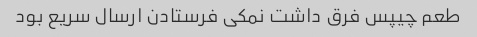
طعم چیپس فرق داشت نمکی فرستادن ارسال سریع بود